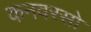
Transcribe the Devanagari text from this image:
कनवरसो